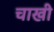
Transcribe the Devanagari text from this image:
चाखी